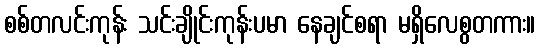
စစ်တလင်းကုန်း သင်းချိုင်းကုန်းပမာ နေချင်စရာ မရှိလေစွတကား။